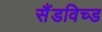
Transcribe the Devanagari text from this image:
सैंडविच्ड